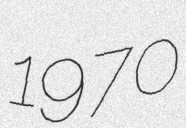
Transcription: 1970